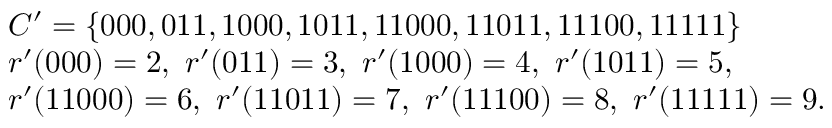
\begin{array} { r l } & { C ^ { \prime } = \{ 0 0 0 , 0 1 1 , 1 0 0 0 , 1 0 1 1 , 1 1 0 0 0 , 1 1 0 1 1 , 1 1 1 0 0 , 1 1 1 1 1 \} } \\ & { r ^ { \prime } ( 0 0 0 ) = 2 , \ r ^ { \prime } ( 0 1 1 ) = 3 , \ r ^ { \prime } ( 1 0 0 0 ) = 4 , \ r ^ { \prime } ( 1 0 1 1 ) = 5 , } \\ & { r ^ { \prime } ( 1 1 0 0 0 ) = 6 , \ r ^ { \prime } ( 1 1 0 1 1 ) = 7 , \ r ^ { \prime } ( 1 1 1 0 0 ) = 8 , \ r ^ { \prime } ( 1 1 1 1 1 ) = 9 . } \end{array}